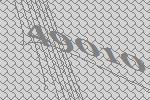
49010